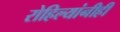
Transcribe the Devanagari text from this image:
रोहिल्यांनीही